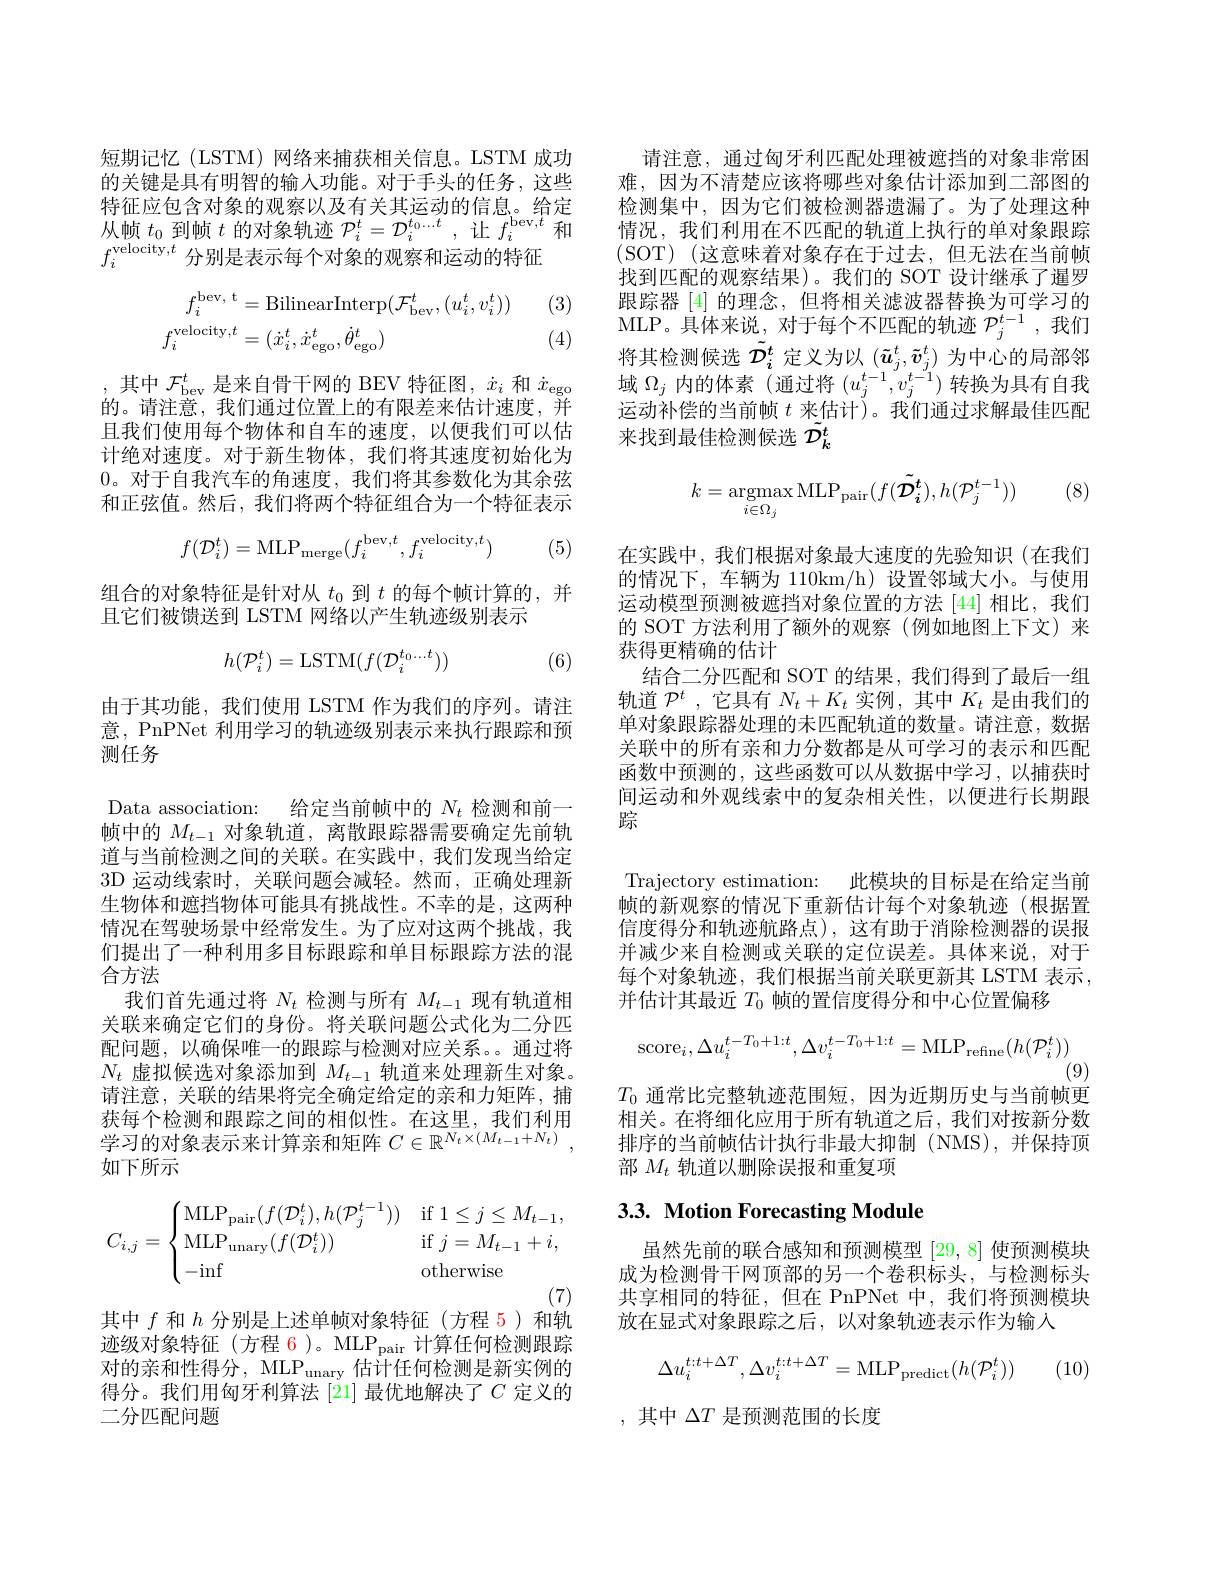
短期记忆(LSTM)网络来捕获相关信息。LSTM 成功的关键是具有明智的输入功能。对于手头的任务，这些特征应包含对象的观察以及有关其运动的信息。给定从帧$t_0$到帧$t$的对象轨迹$\mathcal{P}_i^t=\mathcal{D}_i^{t_0\ldots t}$,让$f_i^{\mathrm{bev},t}$和$f_{i}^{\text{velocity,}t}$分别是表示每个对象的观察和运动的特征

(3)
$$\begin{aligned}f_{i}^{\mathrm{bev,~t}}&=\mathrm{BilinearInterp}(\mathcal{F}_{\mathrm{bev}}^{t},(u_{i}^{t},v_{i}^{t}))\\f_{i}^{\mathrm{velocity,}t}&=(\dot{x}_{i}^{t},\dot{x}_{\mathrm{ego}}^{t},\dot{\theta}_{\mathrm{ego}}^{t})\end{aligned}$$
(4)

,其中$\mathcal{F}_\mathrm{bev}^t$是来自骨干网的 BEV 特征图，$\dot{x}_i$和$\dot{x}_\mathrm{ego}$ 的。请注意，我们通过位置上的有限差来估计速度，并且我们使用每个物体和自车的速度，以便我们可以估计绝对速度。对于新生物体，我们将其速度初始化为0。对于自我汽车的角速度，我们将其参数化为其余弦和正弦值。然后，我们将两个特征组合为一个特征表示
$$f(\mathcal{D}_i^t)=\mathrm{MLP}_{\mathrm{merge}}(f_i^{\mathrm{bev},t},f_i^{\mathrm{velocity},t})$$
(5)

组合的对象特征是针对从$t_0$到$t$的每个帧计算的，并
且它们被馈送到 LSTM 网络以产生轨迹级别表示
$$h(\mathcal{P}_i^t)=\mathrm{LSTM}(f(\mathcal{D}_i^{t_0...t}))$$
(6)

由于其功能，我们使用 LSTM 作为我们的序列。请注意，PnPNet 利用学习的轨迹级别表示来执行跟踪和预测任务

Data association: 给定当前帧中的$N_t$检测和前一帧中的$M_{t-1}$对象轨道，离散跟踪器需要确定先前轨道与当前检测之间的关联。在实践中，我们发现当给定3D 运动线索时，关联问题会减轻。然而，正确处理新生物体和遮挡物体可能具有挑战性。不幸的是，这两种情况在驾驶场景中经常发生。为了应对这两个挑战，我们提出了一种利用多目标跟踪和单目标跟踪方法的混合方法
我们首先通过将$N_t$检测与所有$M_t-1$现有轨道相关联来确定它们的身份。将关联问题公式化为二分匹配问题，以确保唯一的跟踪与检测对应关系。通过将$N_t$虚拟候选对象添加到$M_t-1$轨道来处理新生对象。请注意，关联的结果将完全确定给定的亲和力矩阵，捕获每个检测和跟踪之间的相似性。在这里，我们利用学习的对象表示来计算亲和矩阵$C\in\mathbb{R}^{N_t\times(M_{t-1}+N_t)}$, 如下所示
$$C_{i,j}=\begin{cases}\text{MLP}_{\text{pair}}(f(\mathcal{D}_i^t),h(\mathcal{P}_j^{t-1}))&\text{if}1\leq j\leq M_{t-1},\\\text{MLP}_{\text{unary}}(f(\mathcal{D}_i^t))&\text{if}j=M_{t-1}+i,\\-\text{inf}&\text{otherwise}\end{cases}$$
其中$f$和$h$分别是上述单帧对象特征(方程 5)和轨

迹级对象特征(方程 6)。MLP$_\mathrm{pair}$计算任何检测跟踪对的亲和性得分，MLP$_\mathrm{unary}$估计任何检测是新实例的得分。我们用匈牙利算法[21]最优地解决了$C$ 定义的二分匹配问题

请注意，通过匈牙利匹配处理被遮挡的对象非常困难，因为不清楚应该将哪些对象估计添加到二部图的检测集中，因为它们被检测器遗漏了。为了处理这种情况，我们利用在不匹配的轨道上执行的单对象跟踪(SOT)(这意味着对象存在于过去，但无法在当前帧找到匹配的观察结果)。我们的 SOT 设计继承了暹罗跟踪器 [4] 的理念，但将相关滤波器替换为可学习的MLP。具体来说，对于每个不匹配的轨迹$\mathcal{P}_j^t-1$,我们将其检测候选$\tilde{\mathcal{D}}_i^t$定义为以$(\tilde{\boldsymbol{u}}_j^t,\tilde{\boldsymbol{v}}_j^t)$为中心的局部邻域$\Omega_j$内的体素 (通过将$(u_j^{t-1},v_j^{t-1})$转换为具有自我运动补偿的当前帧$t$来估计)。我们通过求解最佳匹配来找到最佳检测候选$\tilde{\mathcal{D}}_k^t$

(8)
$$k=\mathop{\mathrm{argmax}}_{i\in\Omega_{j}}\mathop{\mathrm{MLP}}_{\mathop{\mathrm{pair}}}(f(\tilde{\mathcal{D}_{i}^{t}}),h(\mathcal{P}_{j}^{t-1}))$$
在实践中，我们根据对象最大速度的先验知识(在我们的情况下，车辆为 110km/h) 设置邻域大小。与使用运动模型预测被遮挡对象位置的方法 [44] 相比，我们的 SOT 方法利用了额外的观察(例如地图上下文)来获得更精确的估计
结合二分匹配和 SOT 的结果，我们得到了最后一组轨道$\mathcal{P}^t$ ,它具有$N_t+K_t$实例，其中$K_t$是由我们的单对象跟踪器处理的未匹配轨道的数量。请注意，数据关联中的所有亲和力分数都是从可学习的表示和匹配函数中预测的，这些函数可以从数据中学习，以捕获时间运动和外观线索中的复杂相关性，以便进行长期跟踪

Trajectory estimation: 此模块的目标是在给定当前帧的新观察的情况下重新估计每个对象轨迹(根据置信度得分和轨迹航路点),这有助于消除检测器的误报并减少来自检测或关联的定位误差。具体来说，对于每个对象轨迹，我们根据当前关联更新其 LSTM 表示， 并估计其最近$T_0$帧的置信度得分和中心位置偏移
$$\mathrm{score}_{i},\Delta u_{i}^{t-T_{0}+1:t},\Delta v_{i}^{t-T_{0}+1:t}=\mathrm{MLP}_{\mathrm{refine}}(h(\mathcal{P}_{i}^{t}))$$
(9)
$T_0$通常比完整轨迹范围短，因为近期历史与当前帧更

相关。在将细化应用于所有轨道之后，我们对按新分数排序的当前帧估计执行非最大抑制(NMS),并保持顶部$M_t$轨道以删除误报和重复项

# 3.3. Motion Forecasting Module

虽然先前的联合感知和预测模型[29,8]使预测模块成为检测骨干网顶部的另一个卷积标头，与检测标头共享相同的特征，但在 PnPNet 中，我们将预测模块放在显式对象跟踪之后，以对象轨迹表示作为输入
$$\Delta u_i^{t:t+\Delta T},\Delta v_i^{t:t+\Delta T}=\mathrm{MLP}_{\mathrm{predict}}(h(\mathcal{P}_i^t))$$
(10)

,其中$\Delta T$是预测范围的长度